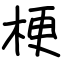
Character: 梗